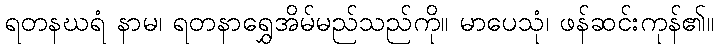
ရတနဃရံ နာမ၊ ရတနာရွှေအိမ်မည်သည်ကို။ မာပေသုံ၊ ဖန်ဆင်းကုန်၏။